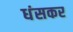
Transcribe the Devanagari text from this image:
धंसकर